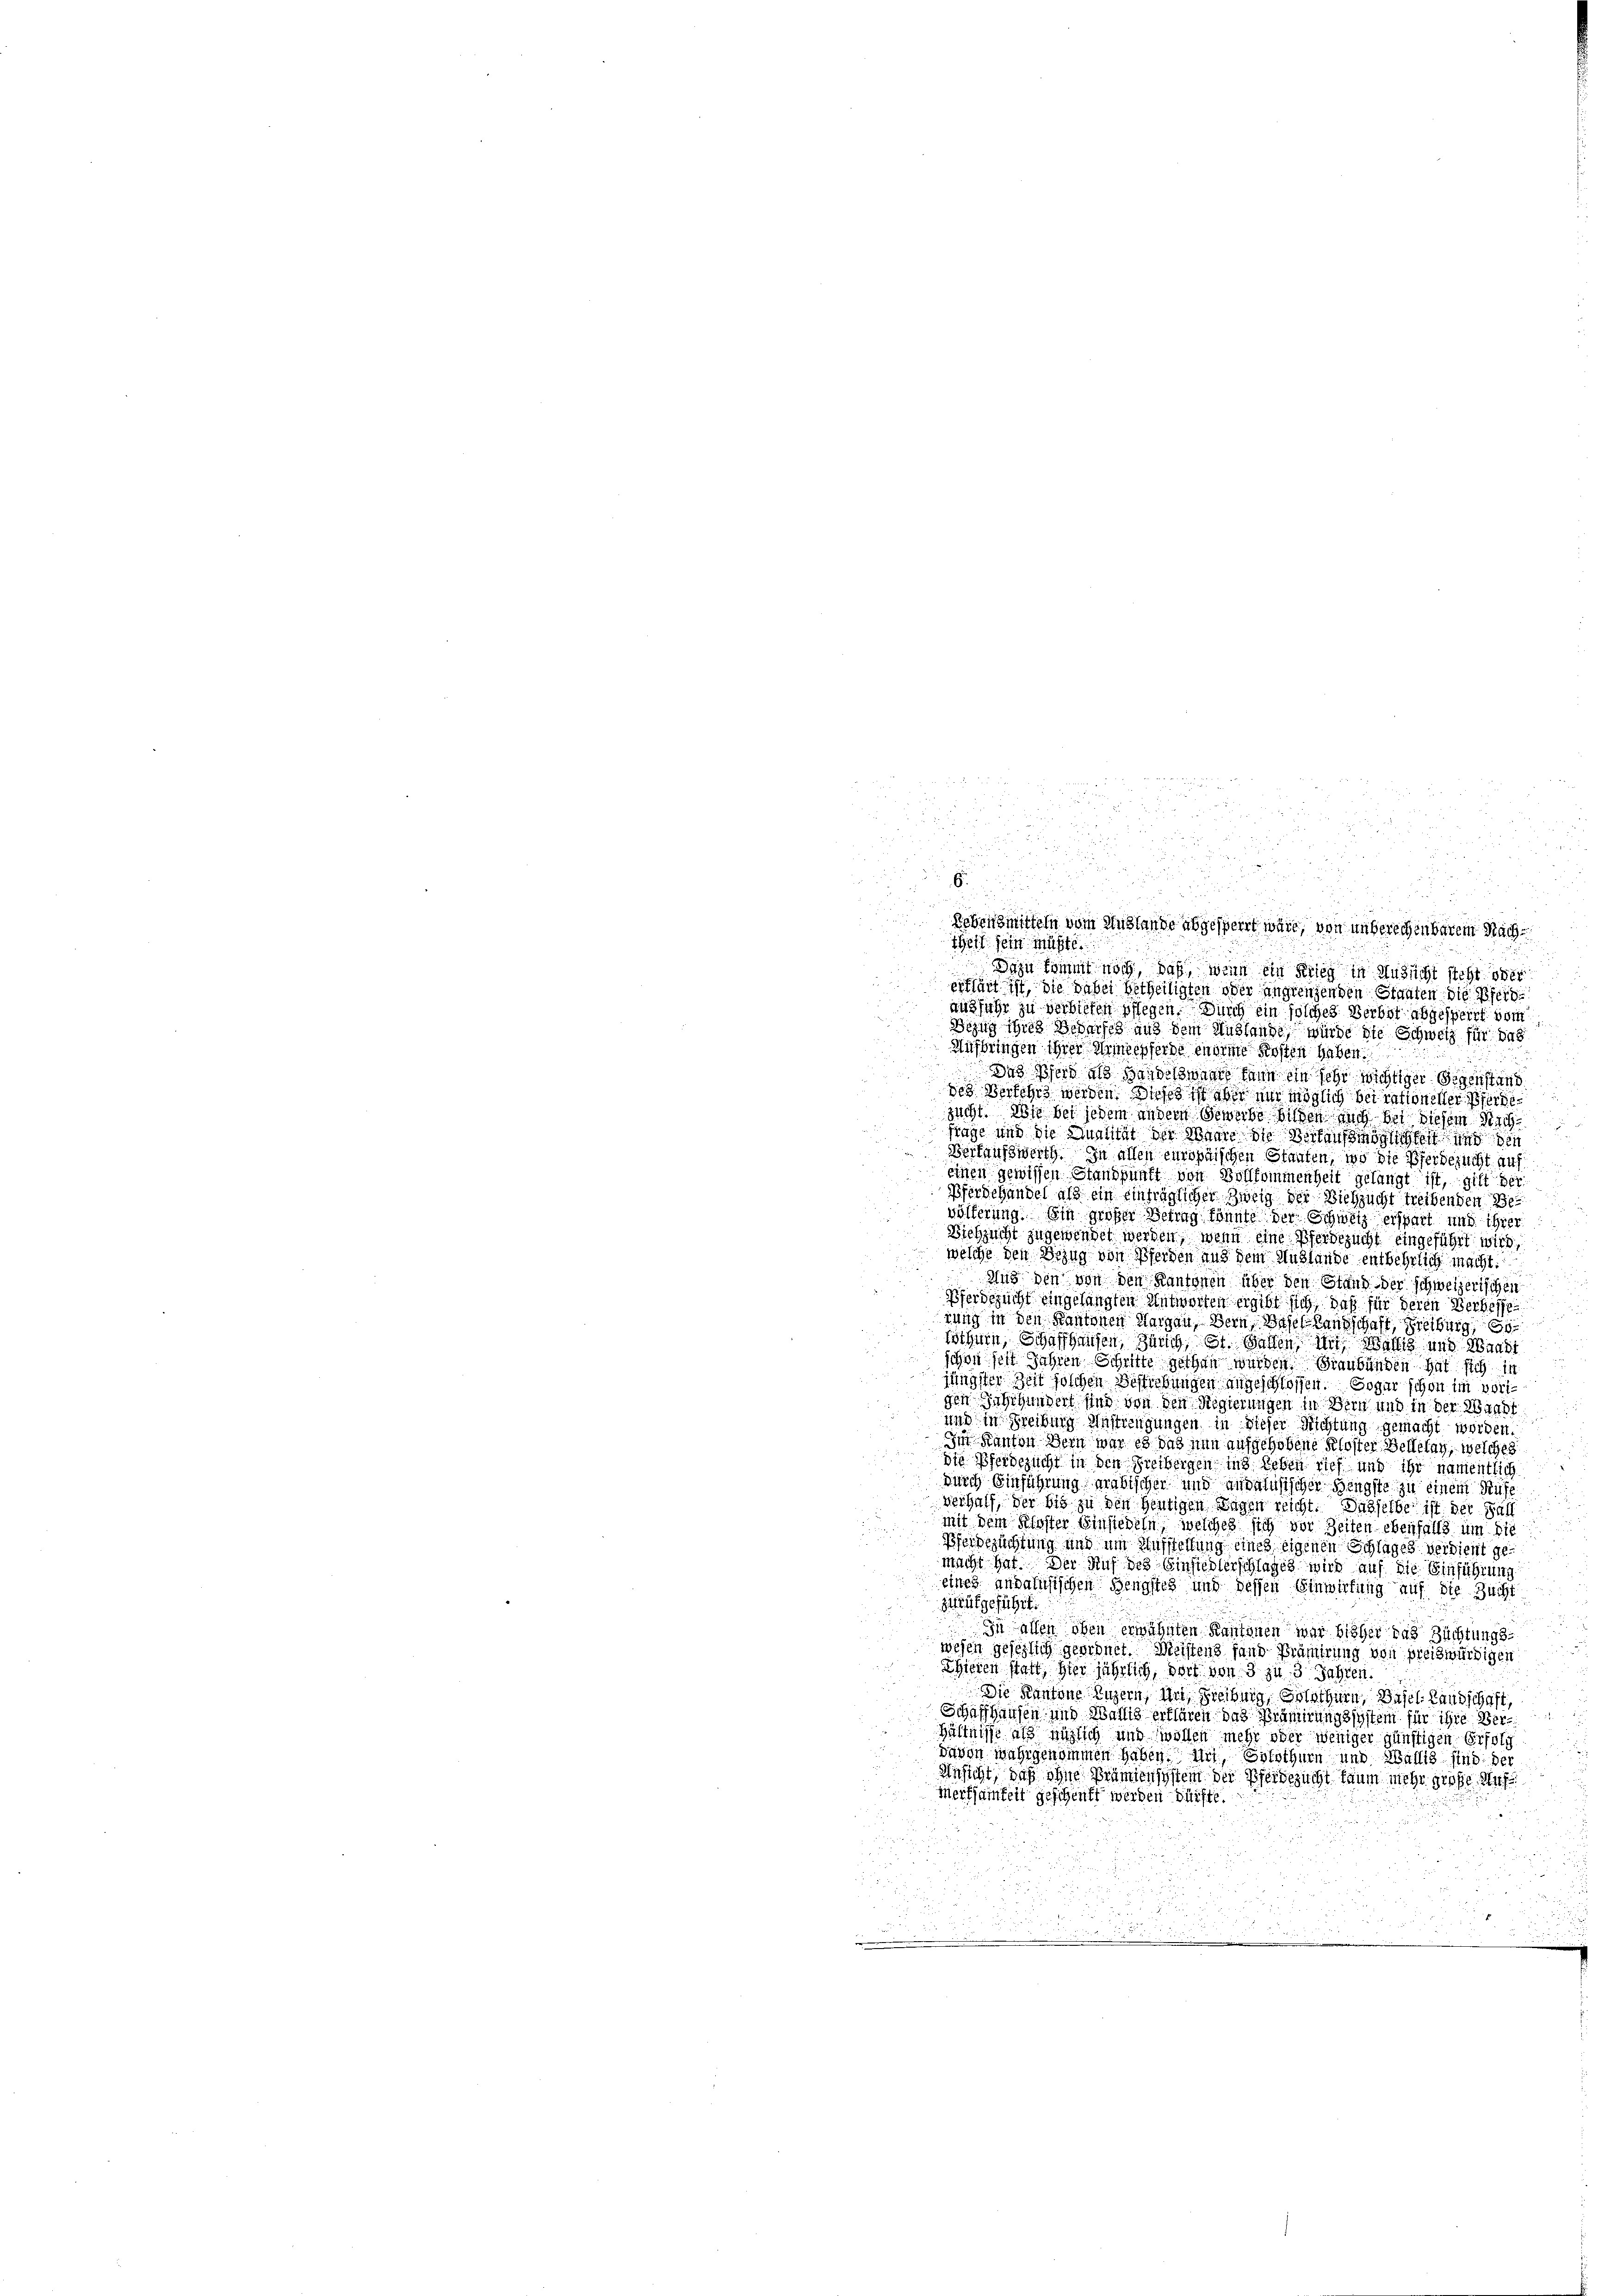
2
i
.

  die

am

Bebensmitteln vom Auslande abgesperrt wäre, von unberechenbarem Nach
Theil sein müßte.
Dazu kommt noch, daß wenn ein Krieg in Aussicht sicht oder
erklärt ist, die dabei Betheiligten oder angrenzenden Staaten die Pferd
ausführ zu verbieten pflegen. Durch ein solches Verbot abgesperrt vom
Bezug ihres Bedarfes aus dem Auslande, würde die Schweiz für das
Aufbringen ihrer Ermesserde indene Kosten haben.
Das Pferd als Handelsmanne dann ein sehr wichtiger Gegenstand
des Verfehrs werden. Dieses ist aber nur möglich bei rationeller Pferdesucht. Wie bei jedem andern Gewerbe bilden auch bei diesem Sache
frage und die Qualität der Waare die Verhausendungen und den
Verkaufswerth. In allen europäischen Staufen, wo die Pferdezucht auf
einen gewissen Standpunft von Vollkommenheit gelangt ist, gilt der
Pferdehandel als ein einträglicher Zweig der Viehzucht treibenden Be
völferung. Ein großer Betrag könnte der Schweiz erspart und ihrer
Biehzucht zugewendet werden, wenn eine Pferdezucht eingeführt wird,
welche den Bezug von Pferden und dem Auslande entbehrlich macht.
Aus den von den Kantonen über den Stand der schweizerischen
Pferdezucht eingelangten Antworten ergibt sich, daß für deren Verbesse
rung in den Kantonen Margau, Bern Besellandschaft, Freiburg,
lothurn, Schaffhausen, Zürich, St. Gallen, in Wallig und Waadt
schon seit Jahren Schrifte gethan wurden. Graubünden hat sich in
jüngster Zeit joschen Bestrebungen angeschlossen. Sogar schon im vorigen Jahrhundert sind von den Regierungen in Bern und in der Waadt
und in Freiburg Anstrengungen, in dieser Richtung gemacht worden
Die Kanton Bern war es das nun aufgehobene Kloster Belleray, welches
die Pferdezucht in den Freibergen ins Leben rief und ihr namentlich
durch Einführung arabischen und andelusischer Bengste zu einem Rufe
verhalf der bis zu den heutigen Regen reicht. Dasselbe ist der Fäll
mit dem Kloster Einsiedeln, welches sich vor Zeiten ebenfalls um die
Pferdezuchtung und um Ausstellung eines eigenen Schlages verdient gemacht hat. Der Auf des Einsiedlerschlages wird auf die Einführung
eines andahnischen Hengstes und dessen Einwirkung auf die Zucht
ziufgeführt.
In allen oben erwähnten Kantonen war bisher das Zuchtungswesen gesezlich geordnet. Meistens fand Prämirung von preiswürdigen
Thieren statt, hier jährlich, dort von 3 zu 3 Jahren.
Die Kantone Luzern, an Freiburg, Solothurn, Basel. Landschaft
Schaffhausen und Wallig erklären das Prämirungssystem für ihre Verhältnisse als gütlich und sollen mehr oder weniger günstigen Erfolg
davon wahrgenommen haben. Uri, Solothurn und Wallis sind: der
Ansicht, daß ohne Prämiensystem der Pferbesucht kaum mehr große Auf
merksamkeit geschenkt werden dürfte.